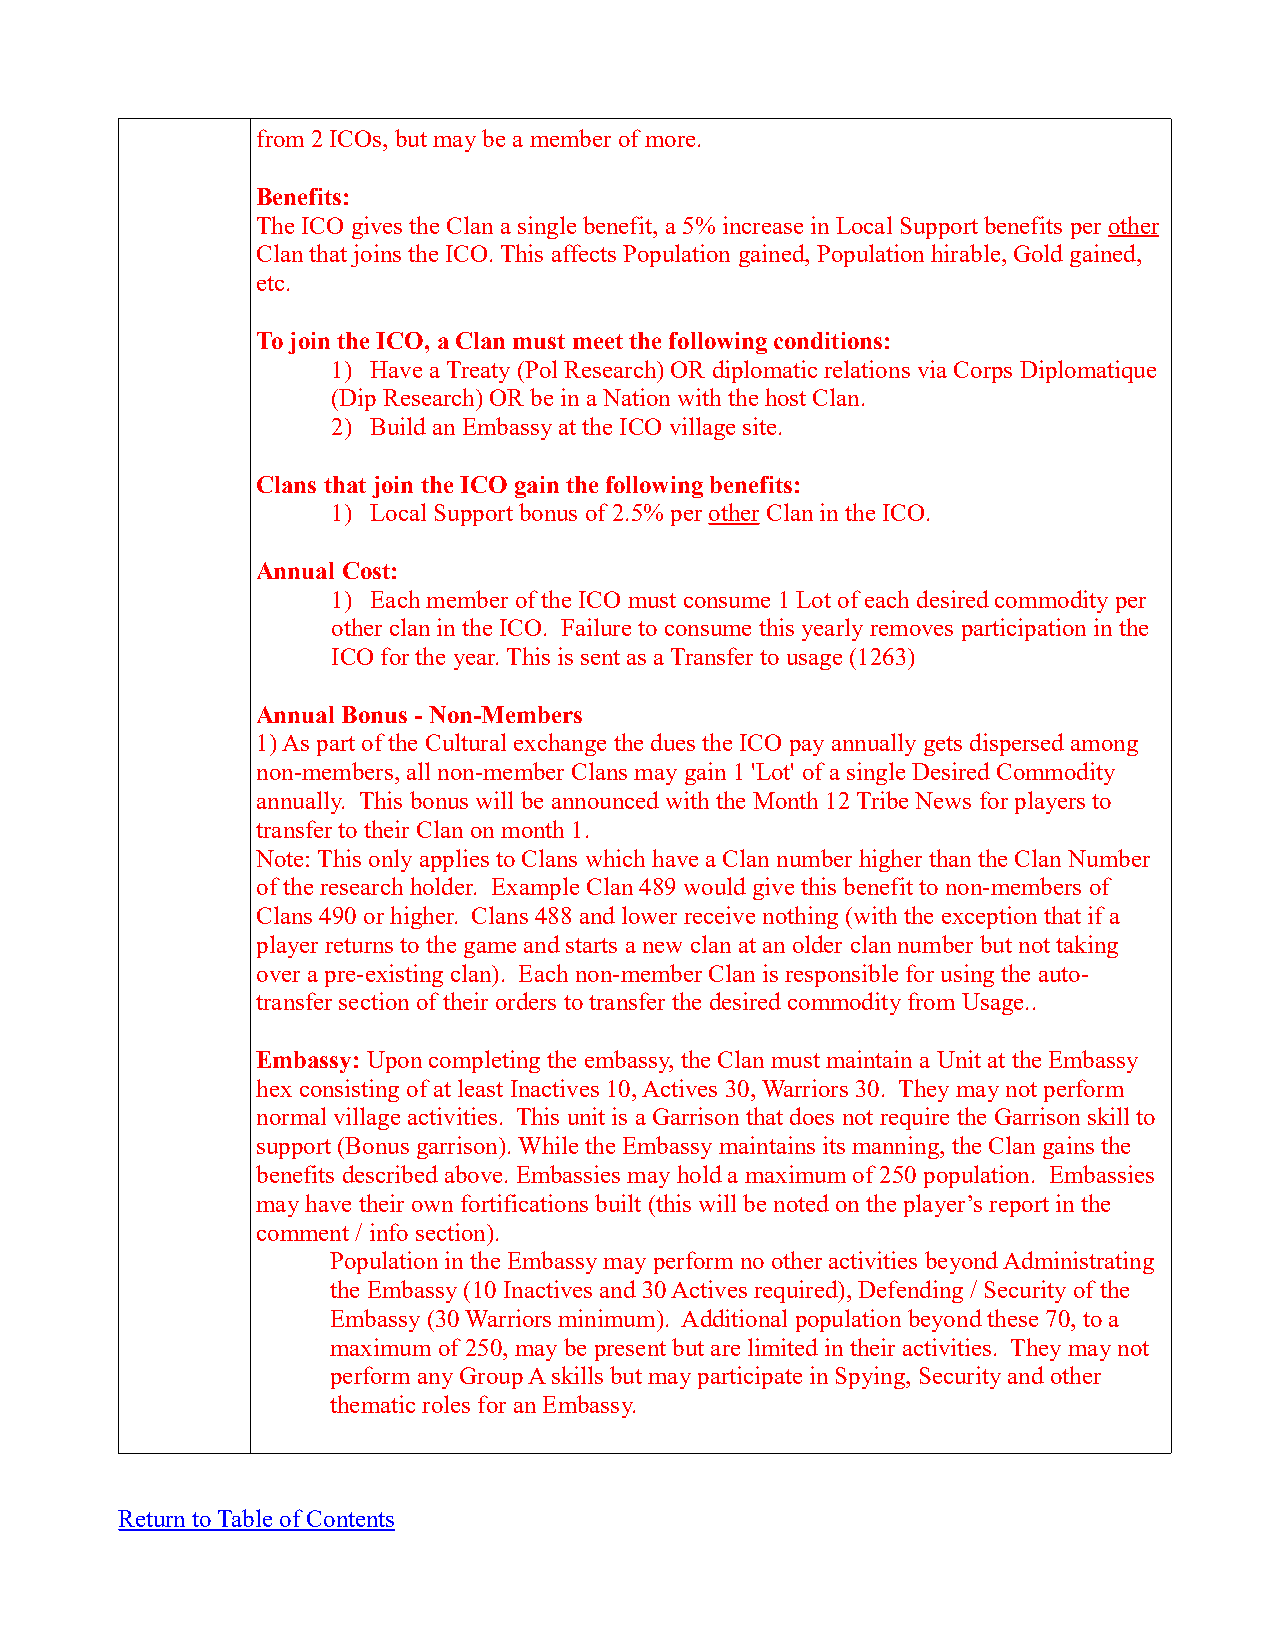
from 2 ICOs, but may be a member of more.
 Benefits:
 The ICO gives the Clan a single benefit, a 5% increase in Local Support benefits per other
 Clan that joins the ICO. This affects Population gained, Population hirable, Gold gained,
 etc.
 To join the ICO, a Clan must meet the following conditions:
 1) Have a Treaty (Pol Research) OR diplomatic relations via Corps Diplomatique
 (Dip Research) OR be in a Nation with the host Clan.
 2) Build an Embassy at the ICO village site.
 Clans that join the ICO gain the following benefits:
 1) Local Support bonus of 2.5% per other Clan in the ICO.
 Annual Cost:
 1) Each member of the ICO must consume 1 Lot of each desired commodity per
 other clan in the ICO. Failure to consume this yearly removes participation in the
 ICO for the year. This is sent as a Transfer to usage (1263)
 Annual Bonus - Non-Members
 1) As part of the Cultural exchange the dues the ICO pay annually gets dispersed among
 non-members, all non-member Clans may gain 1 'Lot' of a single Desired Commodity
 annually. This bonus will be announced with the Month 12 Tribe News for players to
 transfer to their Clan on month 1.
 Note: This only applies to Clans which have a Clan number higher than the Clan Number
 of the research holder. Example Clan 489 would give this benefit to non-members of
 Clans 490 or higher. Clans 488 and lower receive nothing (with the exception that if a
 player returns to the game and starts a new clan at an older clan number but not taking
 over a pre-existing clan). Each non-member Clan is responsible for using the auto-
 transfer section of their orders to transfer the desired commodity from Usage..
 Embassy: Upon completing the embassy, the Clan must maintain a Unit at the Embassy
 hex consisting of at least Inactives 10, Actives 30, Warriors 30. They may not perform
 normal village activities. This unit is a Garrison that does not require the Garrison skill to
 support (Bonus garrison). While the Embassy maintains its manning, the Clan gains the
 benefits described above. Embassies may hold a maximum of 250 population. Embassies
 may have their own fortifications built (this will be noted on the player’s report in the
 comment / info section).
 Population in the Embassy may perform no other activities beyond Administrating
 the Embassy (10 Inactives and 30 Actives required), Defending / Security of the
 Embassy (30 Warriors minimum). Additional population beyond these 70, to a
 maximum of 250, may be present but are limited in their activities. They may not
 perform any Group A skills but may participate in Spying, Security and other
 thematic roles for an Embassy.
 Return to Table of Contents